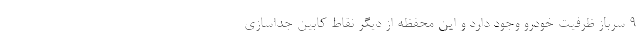
9 سرباز ظرفیت خودرو وجود دارد و این محفظه از دیگر نقاط کابین جداسازی